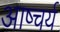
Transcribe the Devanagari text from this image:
आष्चर्य